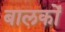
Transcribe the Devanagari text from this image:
बालकोंं